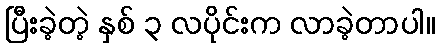
ပြီးခဲ့တဲ့ နှစ် ၃ လပိုင်းက လာခဲ့တာပါ။